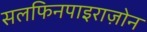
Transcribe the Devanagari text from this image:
सलफिनपाइराज़ोन